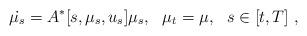
LaTeX: \begin{align*}\dot{\mu_s}=A^*[s,\mu_s,u_s] \mu_s, \ \ \mu_t=\mu, \ \ s \in [t,T]\ ,\end{align*}